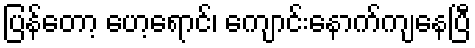
ပြန်တော့ ပော့ရောင်၊ ကျောင်းနောက်ကျနေပြီ